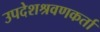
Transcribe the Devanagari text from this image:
उपदेशश्रवणकर्ता